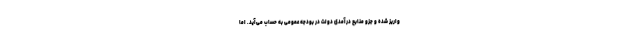
واریز شده و جزو منابع درآمدی دولت در بودجه عمومی به حساب می‌آید. اما